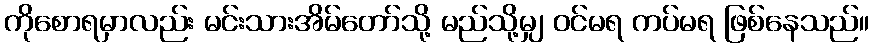
ကိုစောရမှာလည်း မင်းသားအိမ်တော်သို့ မည်သို့မျှ ဝင်မရ ကပ်မရ ဖြစ်နေသည်။